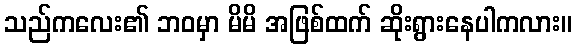
သည်ကလေး၏ ဘဝမှာ မိမိ အဖြစ်ထက် ဆိုးရွားနေပါကလား။